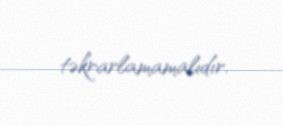
təkrarlamamalıdır.